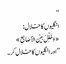
‘‘
انگلیوں کا خلال:
«وَخَلِّلْ بَیْنَ الأَصَابِعِ»
’’اور انگلیوں کا خلال کر۔